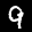
Label: 9